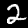
Label: 2